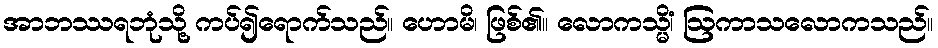
အာဘဿရဘုံသို့ ကပ်၍ရောက်သည်။ ဟောမိ၊ ဖြစ်၏။ လောကသ္မိံ၊ ဩကာသလောကသည်။